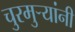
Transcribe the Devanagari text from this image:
चुरमुऱ्यांनी